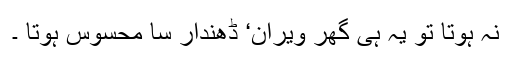
نہ ہوتا تو یہ ہی گھر ویران‘ ڈھندار سا محسوس ہوتا ۔